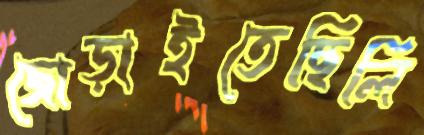
জোড়াইতেছিলি